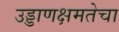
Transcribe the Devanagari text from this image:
उड्डाणक्षमतेचा